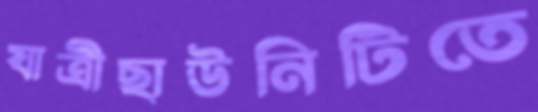
যাত্রীছাউনিটিতে